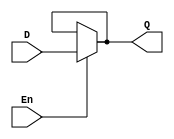
`timescale 1ns / 1ps
//////////////////////////////////////////////////////////////////////////////////
// 
// Design Name: D-Latch
// Module Name: d_latch
//////////////////////////////////////////////////////////////////////////////////


module d_latch(En,D,Q);
input En,D;
output Q;

assign Q=En?D:Q; // Whenever En=0 Q will be assigned with Q & whenever En=1 D qill be assigned to Q

endmodule